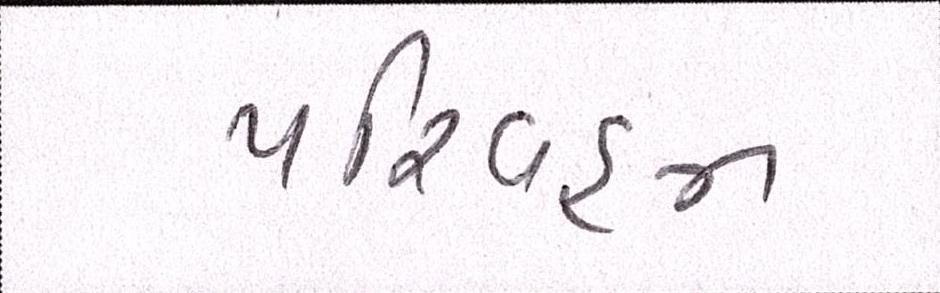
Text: પરિવહન